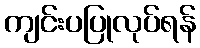
ကျင်းပပြုလုပ်ရန်